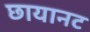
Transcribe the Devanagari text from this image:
छायानट